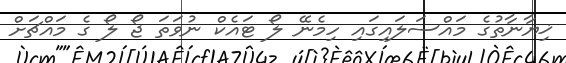
ޚިޔާނާތުގެ މައްސަލައިގައި ހިމެނޭ ލޯ ޓައެކް ނުވަތަ ޖޯ ލޯ ގެ މައްޗަށް